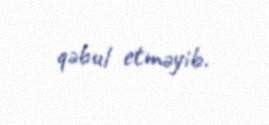
qəbul etməyib.